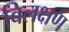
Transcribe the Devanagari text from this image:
बिलक्षण